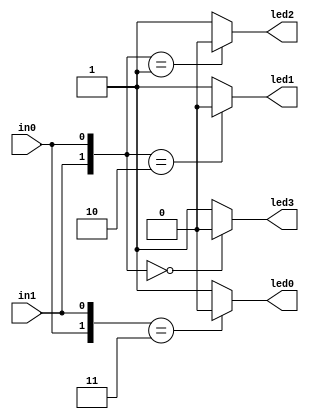
module FPGA_practice(led0,led1,led2,led3,in0,in1);
    input in0,in1;
    output led0,led1,led2,led3;

    assign led0 = {in0,in1} == 2'b11 ? 1'b0 : 1'b1;
    assign led1 = {in1,in0} == 2'b10 ? 1'b0 : 1'b1;
    assign led2 = {in1,in0} == 2'b01 ? 1'b0 : 1'b1;
    assign led3 = {in1,in0} == 2'b00 ? 1'b0 : 1'b1;
endmodule